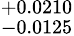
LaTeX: ^{+0.0210}_{-0.0125}